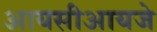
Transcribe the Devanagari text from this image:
आयसीआयजे